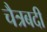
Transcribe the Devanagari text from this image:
चैत्रबदी